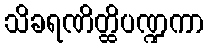
သိခရဏိတ္ထိပဏ္ဍကာ